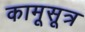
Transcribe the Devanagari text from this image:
कामूसूत्र